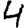
Digit: 4